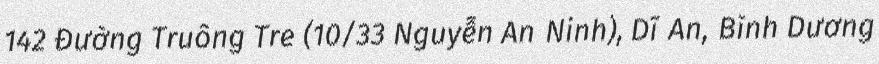
142 Đường Truông Tre (10/33 Nguyễn An Ninh), Dĩ An, Bình Dương